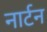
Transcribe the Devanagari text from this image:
नार्टन